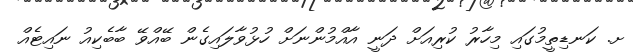
ށ. ކަނޑިތީމުގައި މިހާރު ކުރިއަށް ދަނީ އާއްމުންނަށް ހުޅުވާލައިގެން ބޭއްވޭ ބާބެކިއު ނައިޓެއް